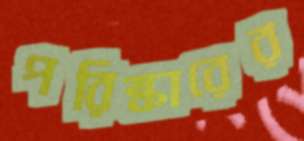
পরিষ্কারের